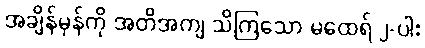
အချိန်မှန်ကို အတိအကျ သိကြသော မထေရ် ၂-ပါး